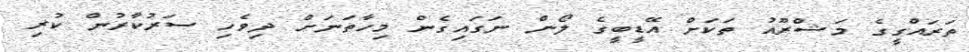
ތަރައްގީގެ މަޝްރޫއު ތަކަށް އޭޑީބީގެ ލޯން ނަގައިގެން މިހާތަނަށް ދިވެހި ސަރުކާރުން ކުރި